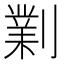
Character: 𠟪